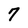
Character: 7